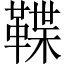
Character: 鞢